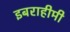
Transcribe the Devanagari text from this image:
इबराहीमी